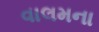
વાલમના